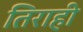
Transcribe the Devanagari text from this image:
तिराही